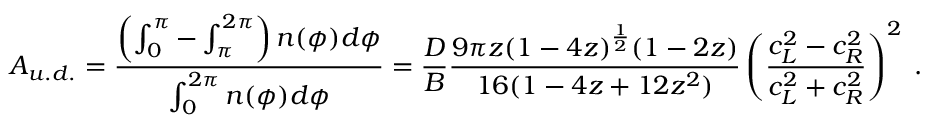
{ \cal A } _ { u . d . } = { \frac { \left( \int _ { 0 } ^ { \pi } - \int _ { \pi } ^ { 2 \pi } \right) n ( \phi ) d \phi } { \int _ { 0 } ^ { 2 \pi } n ( \phi ) d \phi } } = { \frac { D } { B } } { \frac { 9 \pi z ( 1 - 4 z ) ^ { \frac { 1 } { 2 } } ( 1 - 2 z ) } { 1 6 ( 1 - 4 z + 1 2 z ^ { 2 } ) } } \left( { \frac { c _ { L } ^ { 2 } - c _ { R } ^ { 2 } } { c _ { L } ^ { 2 } + c _ { R } ^ { 2 } } } \right) ^ { 2 } \; .